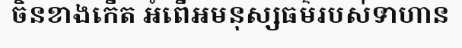
ចិនខាងកើត អំពើអមនុស្សធម៌របស់ទាហាន